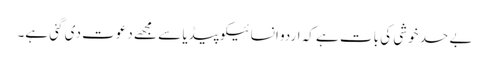
بے حد خوشی کی بات ہے کہ اردو انسائیکوپیڈیا سے مجھے دعوت دی گئی ہے۔